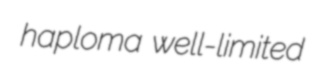
haploma well-limited